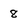
Character: 8